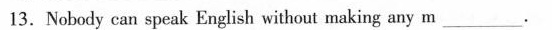
13.Nobody can speak English without making any m ___